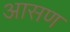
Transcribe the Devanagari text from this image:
आसण